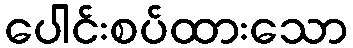
ပေါင်းစပ်ထားသော